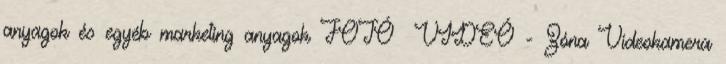
anyagok és egyéb marketing anyagok FOTÓ VIDEÓ - Zóna Videokamera